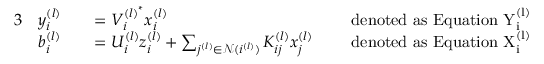
\begin{array} { r l r l r l } { { 3 } } & { y _ { i } ^ { ( l ) } } & & { = V _ { i } ^ { { ( l ) } ^ { * } } x _ { i } ^ { ( l ) } } & & { \mathrm { ~ d e n o t e d ~ a s ~ E q u a t i o n ~ \mathrm { Y } _ { i } ^ { ( l ) } ~ } } \\ & { b _ { i } ^ { ( l ) } } & & { = U _ { i } ^ { ( l ) } z _ { i } ^ { ( l ) } + \sum _ { j ^ { ( l ) } \in \mathcal { N } ( i ^ { ( l ) } ) } K _ { i j } ^ { ( l ) } x _ { j } ^ { ( l ) } } & & { \mathrm { ~ d e n o t e d ~ a s ~ E q u a t i o n ~ \mathrm { X } _ { i } ^ { ( l ) } ~ } } \end{array}